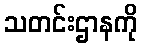
သတင်းဌာနကို